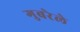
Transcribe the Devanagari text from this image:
गुबरेले